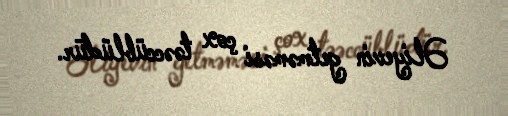
Əliyevin getməməsi çox təəccüblüdür.